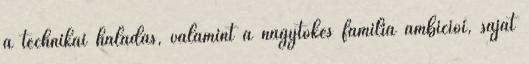
a technikai haladás, valamint a nagytőkés família ambíciói, saját